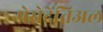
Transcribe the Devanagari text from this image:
प्रेसेदेंतिअल